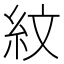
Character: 紋